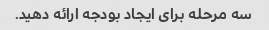
سه مرحله برای ایجاد بودجه ارائه دهید.